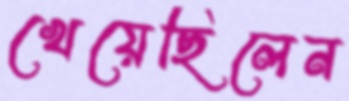
খেয়েছিলেন